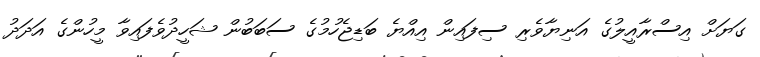
ގަޔަށް އިސްރާއީލުގެ އަނިޔާވެރި ސިފައިން އިއްޔެ ބަޑިޖެހުމުގެ ސަބަބުން ޝަހީދުވެފައިވާ މީހުންގެ އަދަދު